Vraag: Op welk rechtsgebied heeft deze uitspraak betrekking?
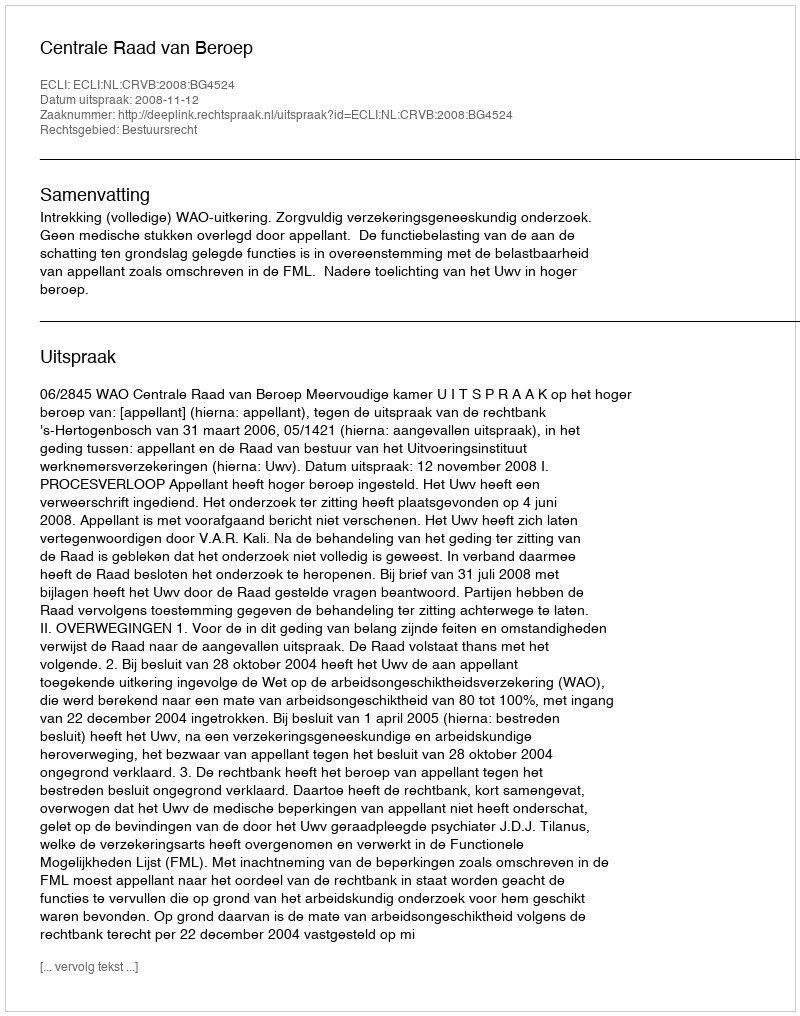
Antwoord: Bestuursrecht